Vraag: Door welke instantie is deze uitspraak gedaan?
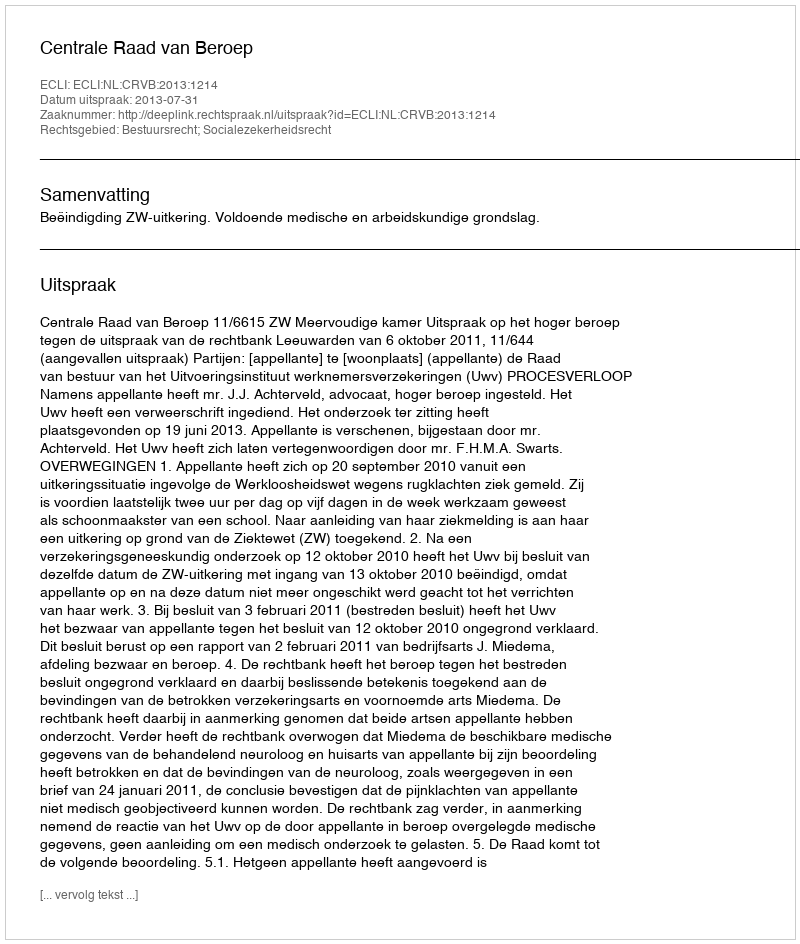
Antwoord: Centrale Raad van Beroep